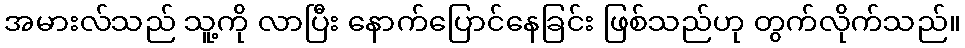
အမားလ်သည် သူ့ကို လာပြီး နောက်ပြောင်နေခြင်း ဖြစ်သည်ဟု တွက်လိုက်သည်။